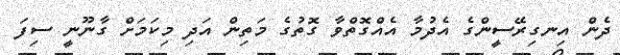
ދެން އިނގިރޭސީންގެ އެދުމާ އެއްގޮތްވާ ގޮތުގެ މަތިން އަދި މިކަމަށް ގާނޫނީ ސިފަ